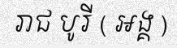
រាជ បូរី ( អង្គ )